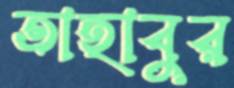
তাহাবুর